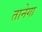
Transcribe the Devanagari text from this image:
तानेगा